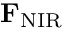
{ \bf F } _ { \mathrm { N I R } }